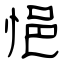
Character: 悒